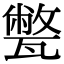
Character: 𤮕